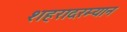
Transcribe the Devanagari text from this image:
शहरादरम्यान